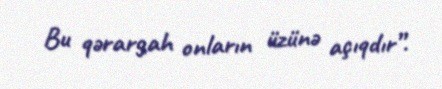
Bu qərargah onların üzünə açıqdır”.